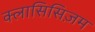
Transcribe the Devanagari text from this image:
क्लासिसिज़म